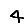
Digit: 4